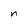
Character: n